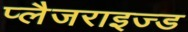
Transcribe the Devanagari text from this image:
प्लैजराइज्ड